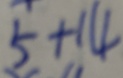
5 + 1 4